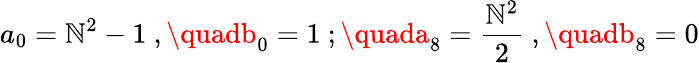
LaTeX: a_{0}=\mathbb{N}^{2}-1~,\quadb_{0}^{}=1~;\quada_{8}^{}=\frac{{\mathbb{N}^{2}}}{2}~,\quadb_{8}^{}=0